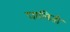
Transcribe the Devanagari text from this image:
घालिती